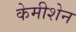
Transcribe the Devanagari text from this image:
केमीशेन